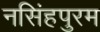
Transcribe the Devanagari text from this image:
नसिंहपुरम